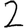
Digit: 2